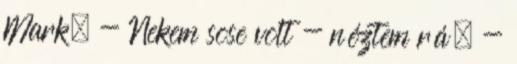
Mark. - Nekem sose volt - néztem rá. -